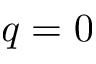
q = 0